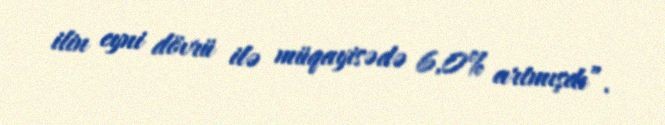
ilin eyni dövrü ilə müqayisədə 6,0% artmışdı”.